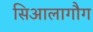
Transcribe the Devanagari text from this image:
सिआलागौग